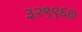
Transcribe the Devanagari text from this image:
३२९९६७